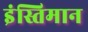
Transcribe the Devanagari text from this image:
इंस्तिमान